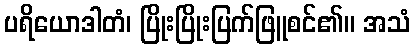
ပရိယောဒါတံ၊ ပြိုးပြိုးပြက်ဖြူစင်၏။ အသံ